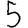
Digit: 5